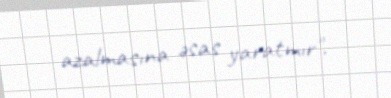
azalmasına əsas yaratmır".